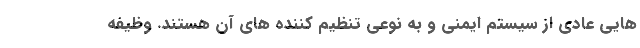
هایی عادی از سیستم ایمنی و به نوعی تنظیم کننده های آن هستند. وظیفه